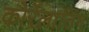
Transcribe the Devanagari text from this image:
कोर्रेलातिंग